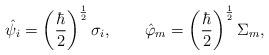
LaTeX: \begin{align*}\hat{\psi}_i=\left(\frac{\hbar}{2}\right)^{\frac{1}{2}}\sigma_i,\quad\quad\hat{\varphi}_m=\left(\frac{\hbar}{2}\right)^{\frac{1}{2}}\Sigma_m,\end{align*}